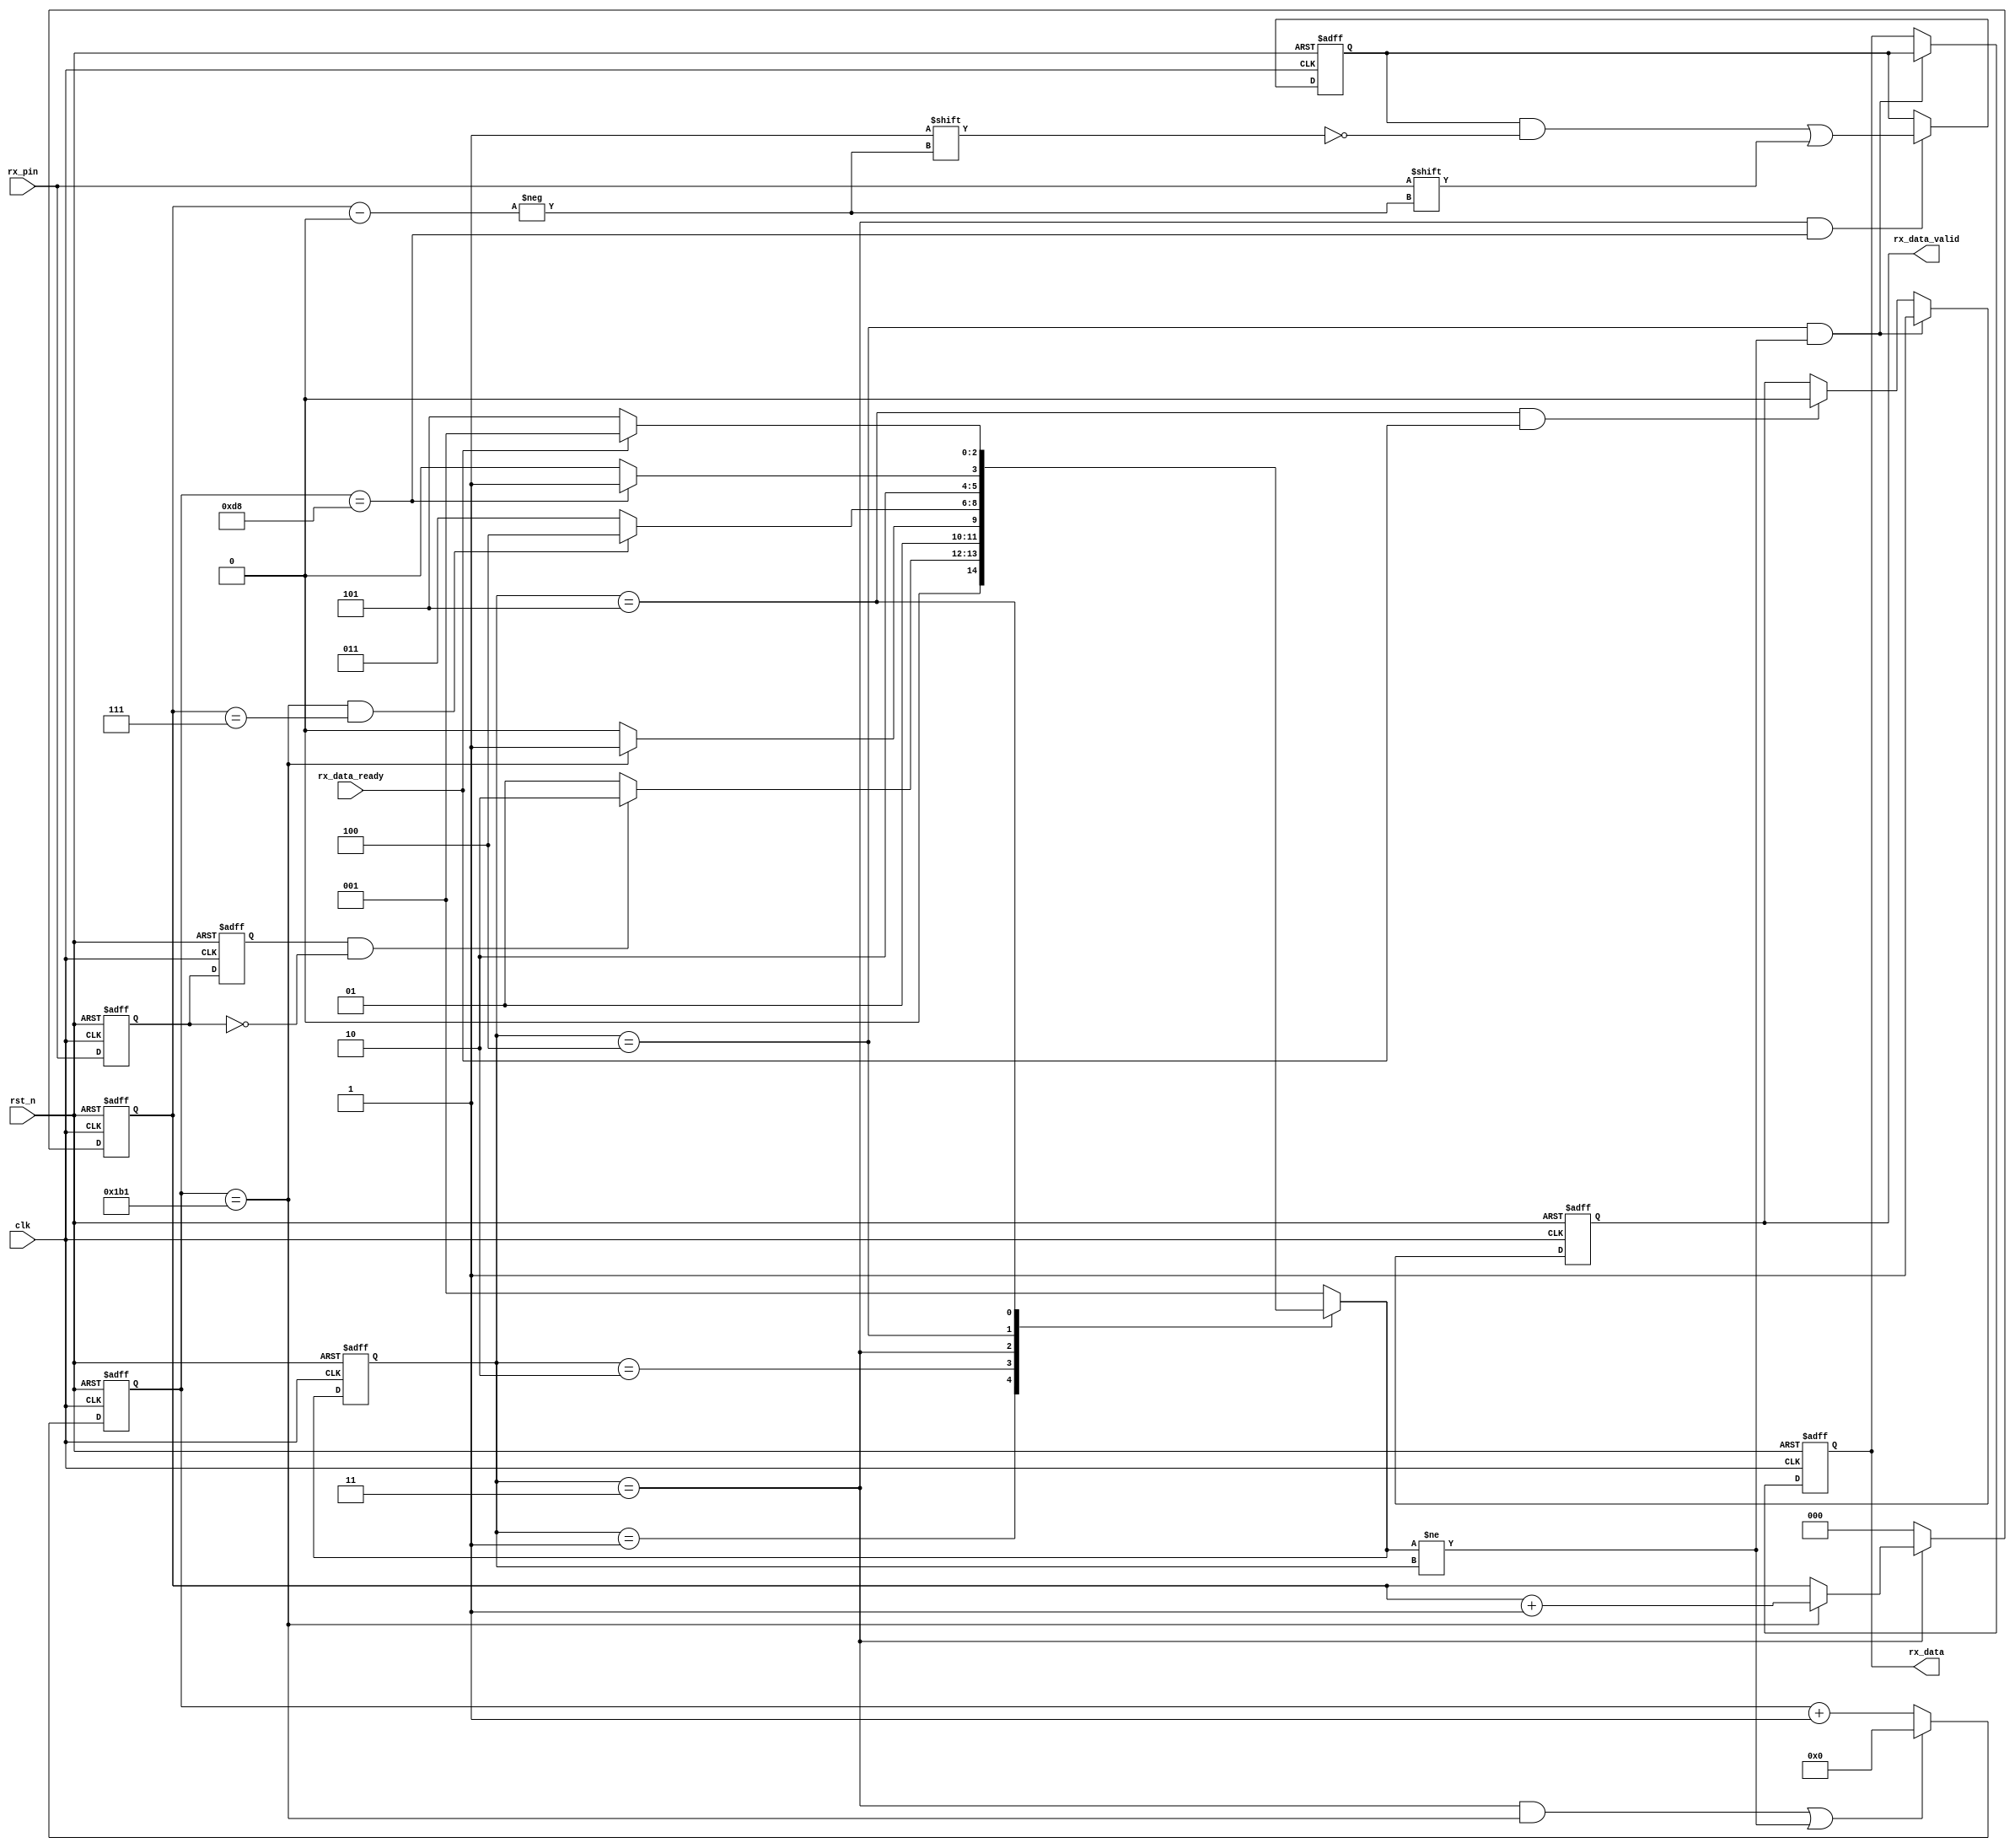
module uart_rx
#(
	parameter CLK_FRE = 50,      //clock frequency(Mhz)
	parameter BAUD_RATE = 115200 //serial baud rate
)
(
	input                        clk,              //clock input
	input                        rst_n,            //asynchronous reset input, low active 
	output reg[7:0]              rx_data,          //received serial data
	output reg                   rx_data_valid,    //received serial data is valid
	input                        rx_data_ready,    //data receiver module ready
	input                        rx_pin            //serial data input
);
//calculates the clock cycle for baud rate 
localparam                       CYCLE = CLK_FRE * 1000000 / BAUD_RATE;
//state machine code
localparam                       S_IDLE      = 1;
localparam                       S_START     = 2; //start bit
localparam                       S_REC_BYTE  = 3; //data bits
localparam                       S_STOP      = 4; //stop bit
localparam                       S_DATA      = 5;

reg[2:0]                         state;
reg[2:0]                         next_state;
reg                              rx_d0;            //delay 1 clock for rx_pin
reg                              rx_d1;            //delay 1 clock for rx_d0
wire                             rx_negedge;       //negedge of rx_pin
reg[7:0]                         rx_bits;          //temporary storage of received data
reg[15:0]                        cycle_cnt;        //baud counter
reg[2:0]                         bit_cnt;          //bit counter

assign rx_negedge = rx_d1 && ~rx_d0;

always@(posedge clk or negedge rst_n)
begin
	if(rst_n == 1'b0)
	begin
		rx_d0 <= 1'b0;
		rx_d1 <= 1'b0;	
	end
	else
	begin
		rx_d0 <= rx_pin;
		rx_d1 <= rx_d0;
	end
end


always@(posedge clk or negedge rst_n)
begin
	if(rst_n == 1'b0)
		state <= S_IDLE;
	else
		state <= next_state;
end

always@(*)
begin
	case(state)
		S_IDLE:
			if(rx_negedge)
				next_state <= S_START;
			else
				next_state <= S_IDLE;
		S_START:
			if(cycle_cnt == CYCLE - 1)//one data cycle 
				next_state <= S_REC_BYTE;
			else
				next_state <= S_START;
		S_REC_BYTE:
			if(cycle_cnt == CYCLE - 1  && bit_cnt == 3'd7)  //receive 8bit data
				next_state <= S_STOP;
			else
				next_state <= S_REC_BYTE;
		S_STOP:
			if(cycle_cnt == CYCLE/2 - 1)//half bit cycle,to avoid missing the next byte receiver
				next_state <= S_DATA;
			else
				next_state <= S_STOP;
		S_DATA:
			if(rx_data_ready)    //data receive complete
				next_state <= S_IDLE;
			else
				next_state <= S_DATA;
		default:
			next_state <= S_IDLE;
	endcase
end

always@(posedge clk or negedge rst_n)
begin
	if(rst_n == 1'b0)
		rx_data_valid <= 1'b0;
	else if(state == S_STOP && next_state != state)
		rx_data_valid <= 1'b1;
	else if(state == S_DATA && rx_data_ready)
		rx_data_valid <= 1'b0;
end

always@(posedge clk or negedge rst_n)
begin
	if(rst_n == 1'b0)
		rx_data <= 8'd0;
	else if(state == S_STOP && next_state != state)
		rx_data <= rx_bits;//latch received data
end

always@(posedge clk or negedge rst_n)
begin
	if(rst_n == 1'b0)
		begin
			bit_cnt <= 3'd0;
		end
	else if(state == S_REC_BYTE)
		if(cycle_cnt == CYCLE - 1)
			bit_cnt <= bit_cnt + 3'd1;
		else
			bit_cnt <= bit_cnt;
	else
		bit_cnt <= 3'd0;
end


always@(posedge clk or negedge rst_n)
begin
	if(rst_n == 1'b0)
		cycle_cnt <= 16'd0;
	else if((state == S_REC_BYTE && cycle_cnt == CYCLE - 1) || next_state != state)
		cycle_cnt <= 16'd0;
	else
		cycle_cnt <= cycle_cnt + 16'd1;	
end
//receive serial data bit data
always@(posedge clk or negedge rst_n)
begin
	if(rst_n == 1'b0)
		rx_bits <= 8'd0;
	else if(state == S_REC_BYTE && cycle_cnt == CYCLE/2 - 1)
		rx_bits[bit_cnt] <= rx_pin;
	else
		rx_bits <= rx_bits; 
end
endmodule